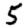
Digit: 5